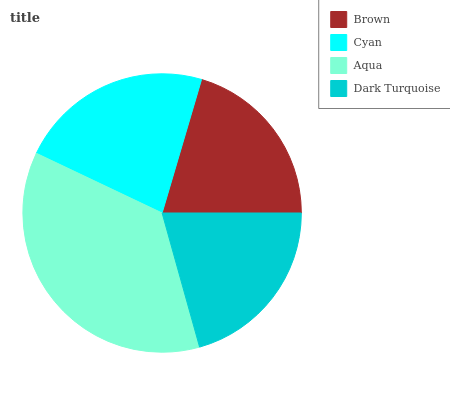
| Brown | Cyan | Aqua | Dark Turquoise |
 | --- | --- | --- | --- |
 | 20.4% | 22.5% | 36.5% | 20.7% |